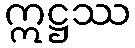
ဣဋ္ဌဿ